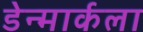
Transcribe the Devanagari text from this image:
डेन्मार्कला